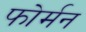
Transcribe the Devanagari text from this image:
फोर्मन